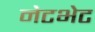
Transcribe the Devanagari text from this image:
नेटभेट